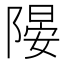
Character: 𨻂